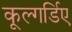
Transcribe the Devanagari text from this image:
कूल्गर्डिए